Insane asylums Bombay 1873-77 - 1873-1877
Year: 1873
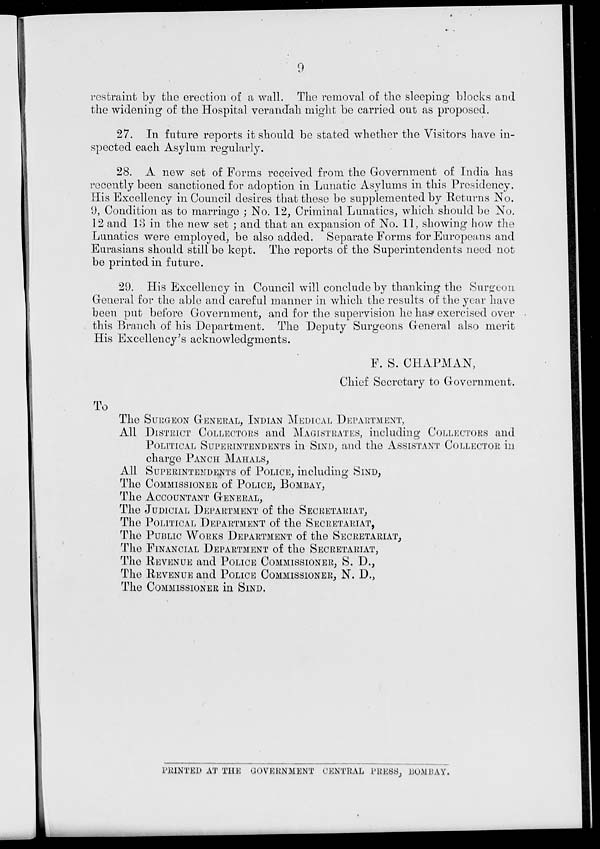
9
restraint by the erection of a wall. The removal of the sleeping blocks and
the widening of the Hospital verandah might be carried out as proposed.
27. In future reports it should be stated whether the Visitors have in-
spected each Asylum regularly.
28. A new set of Forms received from the Government of India has
recently been sanctioned for adoption in Lunatic Asylums in this Presidency.
His Excellency in Council desires that these be supplemented by Returns No.
9, Condition as to marriage ; No. 12, Criminal Lunatics, which should be No.
12 and 13 in the new set ; and that an expansion of No. 11, showing how the
Lunatics were employed, be also added. Separate Forms for Europeans and
Eurasians should still be kept. The reports of the Superintendents need not
be printed in future.
29. His Excellency in Council will conclude by thanking the Surgeon
General for the able and careful manner in which the results of the year have
been put before Government, and for the supervision he has exercised over
this Branch of his Department. The Deputy Surgeons General also merit
His Excellency's acknowledgments.
F. S. CHAPMAN,
Chief Secretary to Government.
To
The SURGEON GENERAL, INDIAN MEDICAL DEPARTMENT,
All DISTRICT COLLECTORS and MAGISTRATES, including COLLECTORS and
POLITICAL SUPERINTENDENTS in SIND, and the ASSISTANT COLLECTOR in
charge PANCH MAHALS,
All SUPERINTENDENTS of POLICE, including SIND,
The COMMISSIONER of POLICE, BOMBAY,
The ACCOUNTANT GENERAL,
The JUDICIAL DEPARTMENT of the SECRETARIAT,
The POLITICAL DEPARTMENT of the SECRETARIAT,
The PUBLIC WORKS DEPARTMENT of the SECRETARIAT,
The FINANCIAL DEPARTMENT of the SECRETARIAT,
The REVENUE and POLICE COMMISSIONER, S. D.,
The REVENUE and POLICE COMMISSIONER, N. D.,
The COMMISSIONER in SIND.
PRINTED AT THE GOVERNMENT CENTRAL PRESS, BOMBAY.